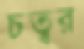
চত্বর